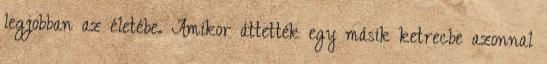
legjobban az életébe. Amikor áttették egy másik ketrecbe azonnal